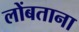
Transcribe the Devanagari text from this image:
लोंबताना